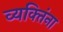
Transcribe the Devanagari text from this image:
व्यक्‍तिंना